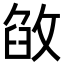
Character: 𢽶